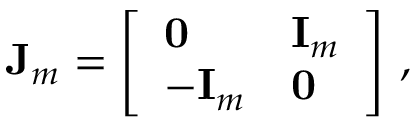
\mathbf J _ { m } = \left[ \begin{array} { l l } { \mathbf 0 } & { \mathbf I _ { m } } \\ { - \mathbf I _ { m } } & { \mathbf 0 } \end{array} \right] \, ,